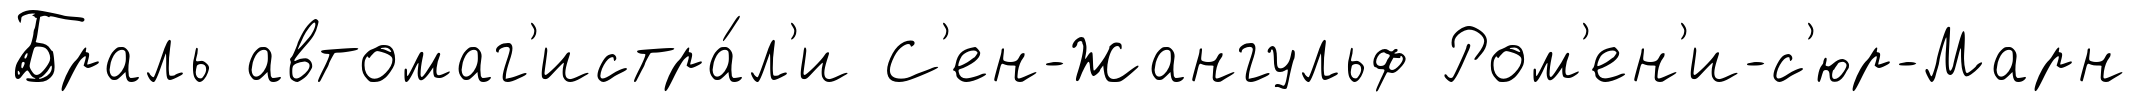
Браль автомаг'истра́л'и С'ен-Жангульф Ром'ен'и-с'юр-Марн